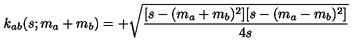
k _ { a b } ( s ; m _ { a } + m _ { b } ) = + \sqrt { { \frac { [ s - ( m _ { a } + m _ { b } ) ^ { 2 } ] [ s - ( m _ { a } - m _ { b } ) ^ { 2 } ] } { 4 s } } }